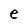
Character: e